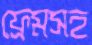
ফ্রেমসহ